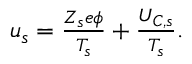
\begin{array} { r } { u _ { s } = \frac { Z _ { s } e \phi } { T _ { s } } + \frac { U _ { C , s } } { T _ { s } } . } \end{array}